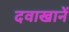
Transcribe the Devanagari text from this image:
दवाखानें